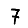
Digit: 7